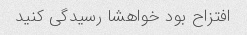
افتزاح بود خواهشا رسیدگی کنید